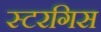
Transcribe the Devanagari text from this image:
स्टरगिस